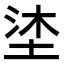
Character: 𭎦